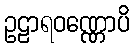
ဥဠာရဝဏ္ဏောပိ